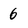
Character: 6